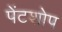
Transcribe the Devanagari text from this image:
पेंटशोप